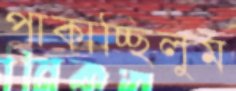
পাকাচ্ছিলুম